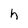
Character: h